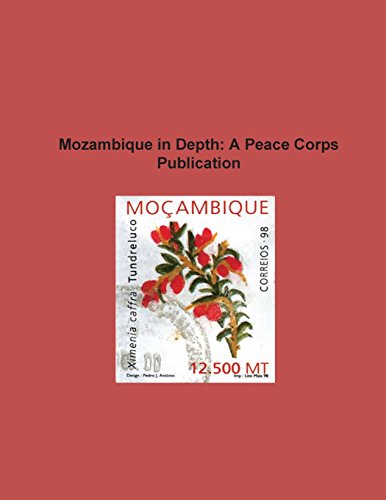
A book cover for Mozambique in Depth: A Peace Corps Publication; Peace Corps; Travel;